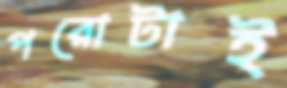
পরোটাই